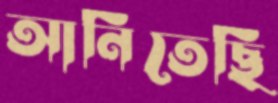
আনিতেছি